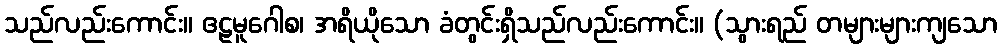
သည်လည်းကောင်း။ ဧဠမူဂေါစ၊ အရိယိုသော ခံတွင်းရှိသည်လည်းကောင်း။ (သွားရည် တများများကျသော